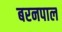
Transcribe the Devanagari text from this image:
बरनपाल